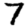
Digit: 7